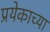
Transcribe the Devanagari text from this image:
प्रयेकाच्या